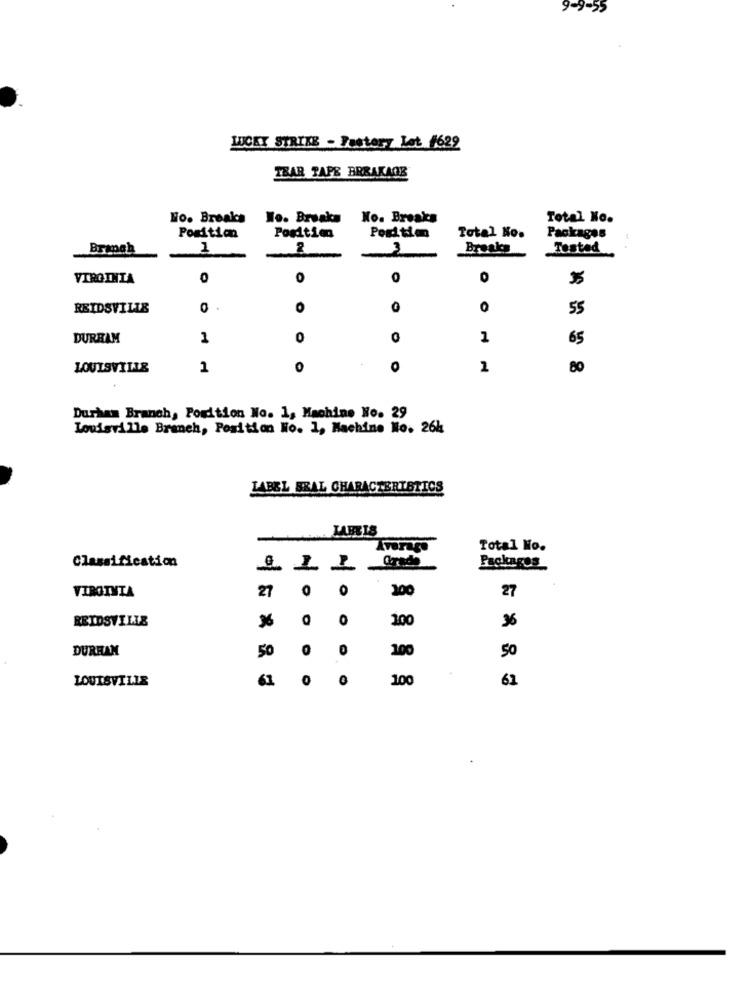
9-9-55
LUCKY STRIKE - Fustory Let #629
TEAR TAPE BREAKAGE
Ho. Breaks No. Breaks
No. Breaks
Total No.
Position
Poritim
Packages
Position
Total No.
Brmah
1
3
Breaks
Tested
VIRGINIA
0
O
O
REIDSVILLE
0
55
DURHAM
1
0
O
1
65
LOUISVILLE
1
O
1
80
Durham Branch, Porition No. 1, Machine No. 29
Louisville Branch, Position No. 1, Machine No. 26h
LABEL BRAL CHARACTERISTICS
Average
Total No.
Classification
Credo
Packages
27
O
100
27
VIRGINIA
O
REIDSVILLE
O
36
100
DURHAM
50
0
50
100
LOUISVILLE
61
0
100
62